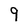
Character: 9